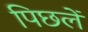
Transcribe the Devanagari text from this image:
पिछलें